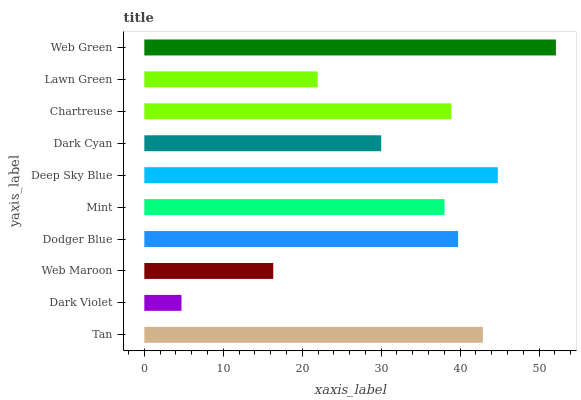
| yaxis_label | bars |
 | --- | --- |
 | Tan | 42.9 |
 | Dark Violet | 4.71 |
 | Web Maroon | 16.3 |
 | Dodger Blue | 39.7 |
 | Mint | 38 |
 | Deep Sky Blue | 44.8 |
 | Dark Cyan | 30 |
 | Chartreuse | 38.9 |
 | Lawn Green | 22 |
 | Web Green | 52.1 |